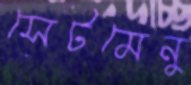
সেটমেনু